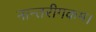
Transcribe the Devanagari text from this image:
नान्तरीगकम।